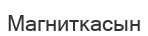
Магниткасын